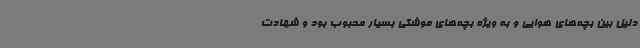
دلیل بین بچه‌های هوایی و به ویژه بچه‌های موشکی بسیار محبوب بود و شهادت